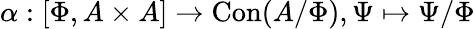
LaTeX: \alpha:\left[\Phi,A\times A\right]\to\operatorname{Con}(A/\Phi),\Psi\mapsto\Psi/\Phi